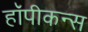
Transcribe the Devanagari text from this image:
हॉपीकन्स